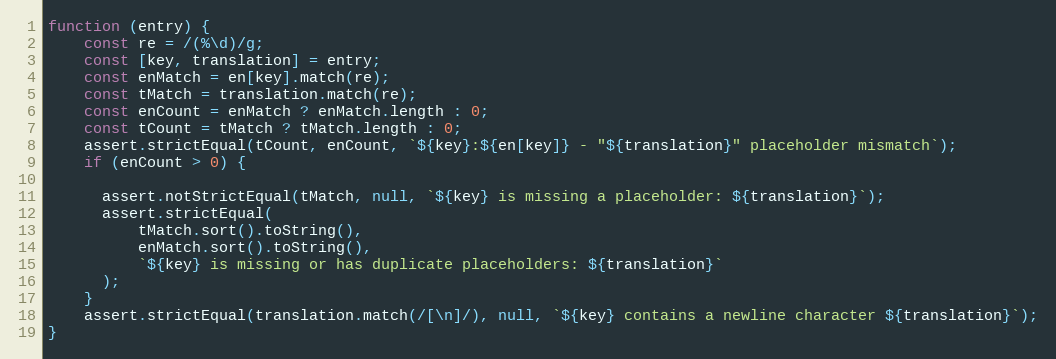
Language: JavaScript
function (entry) {
    const re = /(%\d)/g;
    const [key, translation] = entry;
    const enMatch = en[key].match(re);
    const tMatch = translation.match(re);
    const enCount = enMatch ? enMatch.length : 0;
    const tCount = tMatch ? tMatch.length : 0;
    assert.strictEqual(tCount, enCount, `${key}:${en[key]} - "${translation}" placeholder mismatch`);
    if (enCount > 0) {

      assert.notStrictEqual(tMatch, null, `${key} is missing a placeholder: ${translation}`);
      assert.strictEqual(
          tMatch.sort().toString(),
          enMatch.sort().toString(),
          `${key} is missing or has duplicate placeholders: ${translation}`
      );
    }
    assert.strictEqual(translation.match(/[\n]/), null, `${key} contains a newline character ${translation}`);
}